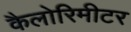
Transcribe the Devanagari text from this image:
कैलोरिमीटर